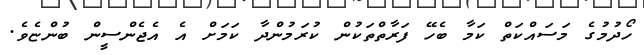
ހޯދުމުގެ މަސައްކަތް ކަމާ ބެހޭ ފަރާތްތަކުން ކުރަމުންދާ ކަމަށް އެ އެޖެންސީން ބުންޏެވެ.